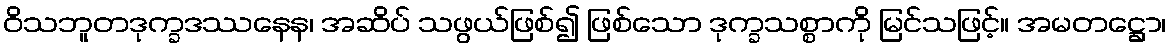
ဝိသဘူတဒုက္ခဒဿနေန၊ အဆိပ် သဖွယ်ဖြစ်၍ ဖြစ်သော ဒုက္ခသစ္စာကို မြင်သဖြင့်။ အမတဋ္ဌော၊